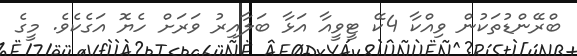
ބްރޭންޑުތަކުން ވިއްކާ 4ކޭ ޓީވީއާ އަޅާ ބަލާއިރު ވަރަށް ހެޔޮ އަގެކެވެ. މީގެ